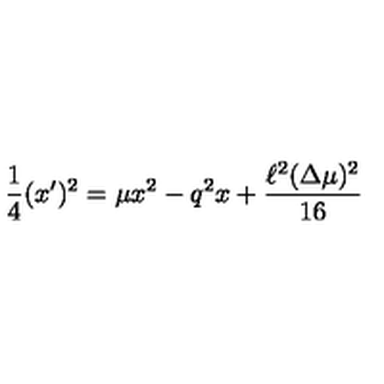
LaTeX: \frac { 1 } { 4 } ( x ^ { \prime } ) ^ { 2 } = \mu x ^ { 2 } - q ^ { 2 } x + \frac { \ell ^ { 2 } ( \Delta \mu ) ^ { 2 } } { 1 6 }